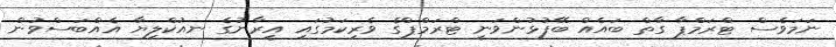
ނަމަވެސް ޓްރަމްޕާ ގާތް ބައެއް ބޭފުޅުންވަނީ ޓްރަމްޕްގެ ވެރިކަމުގައި އީރާނުގެ ނއުކްލިޔާ އެއްބަސްވުން